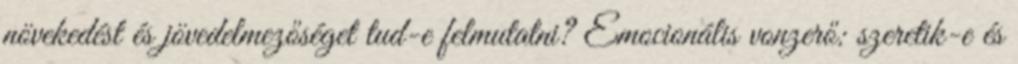
növekedést és jövedelmezőséget tud-e felmutatni? Emocionális vonzerő: szeretik-e és